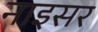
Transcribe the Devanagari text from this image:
नाइसर